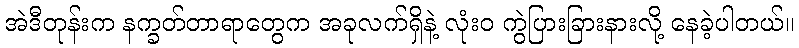
အဲဒီတုန်းက နက္ခတ်တာရာတွေက အခုလက်ရှိနဲ့ လုံးဝ ကွဲပြားခြားနားလို့ နေခဲ့ပါတယ်။